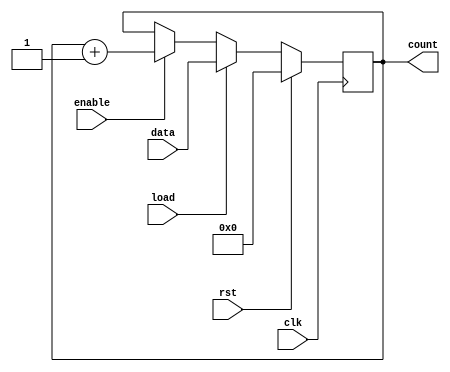
module synchronous_load_counter #(
    parameter N = 8 // Bit-width of the counter
)(
    input wire clk,               // Clock signal
    input wire rst,               // Reset signal (active high)
    input wire load,              // Load signal
    input wire enable,            // Enable signal
    input wire [N-1:0] data,      // Data input for loading
    output reg [N-1:0] count      // Current count output
);

    // Counter operation
    always @(posedge clk) begin
        if (rst) begin
            // Reset the counter to 0
            count <= 0;
        end else if (load) begin
            // Load the specified data into the counter
            count <= data;
        end else if (enable) begin
            // Increment the counter if enabled
            count <= count + 1;
        end
    end

endmodule